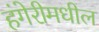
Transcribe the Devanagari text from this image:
हंगेरीमधील